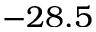
- 2 8 . 5